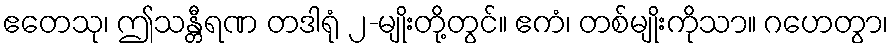
ဧတေသု၊ ဤသန္တီရဏ တဒါရုံ ၂-မျိုးတို့တွင်။ ဧကံ၊ တစ်မျိုးကိုသာ။ ဂဟေတွာ၊